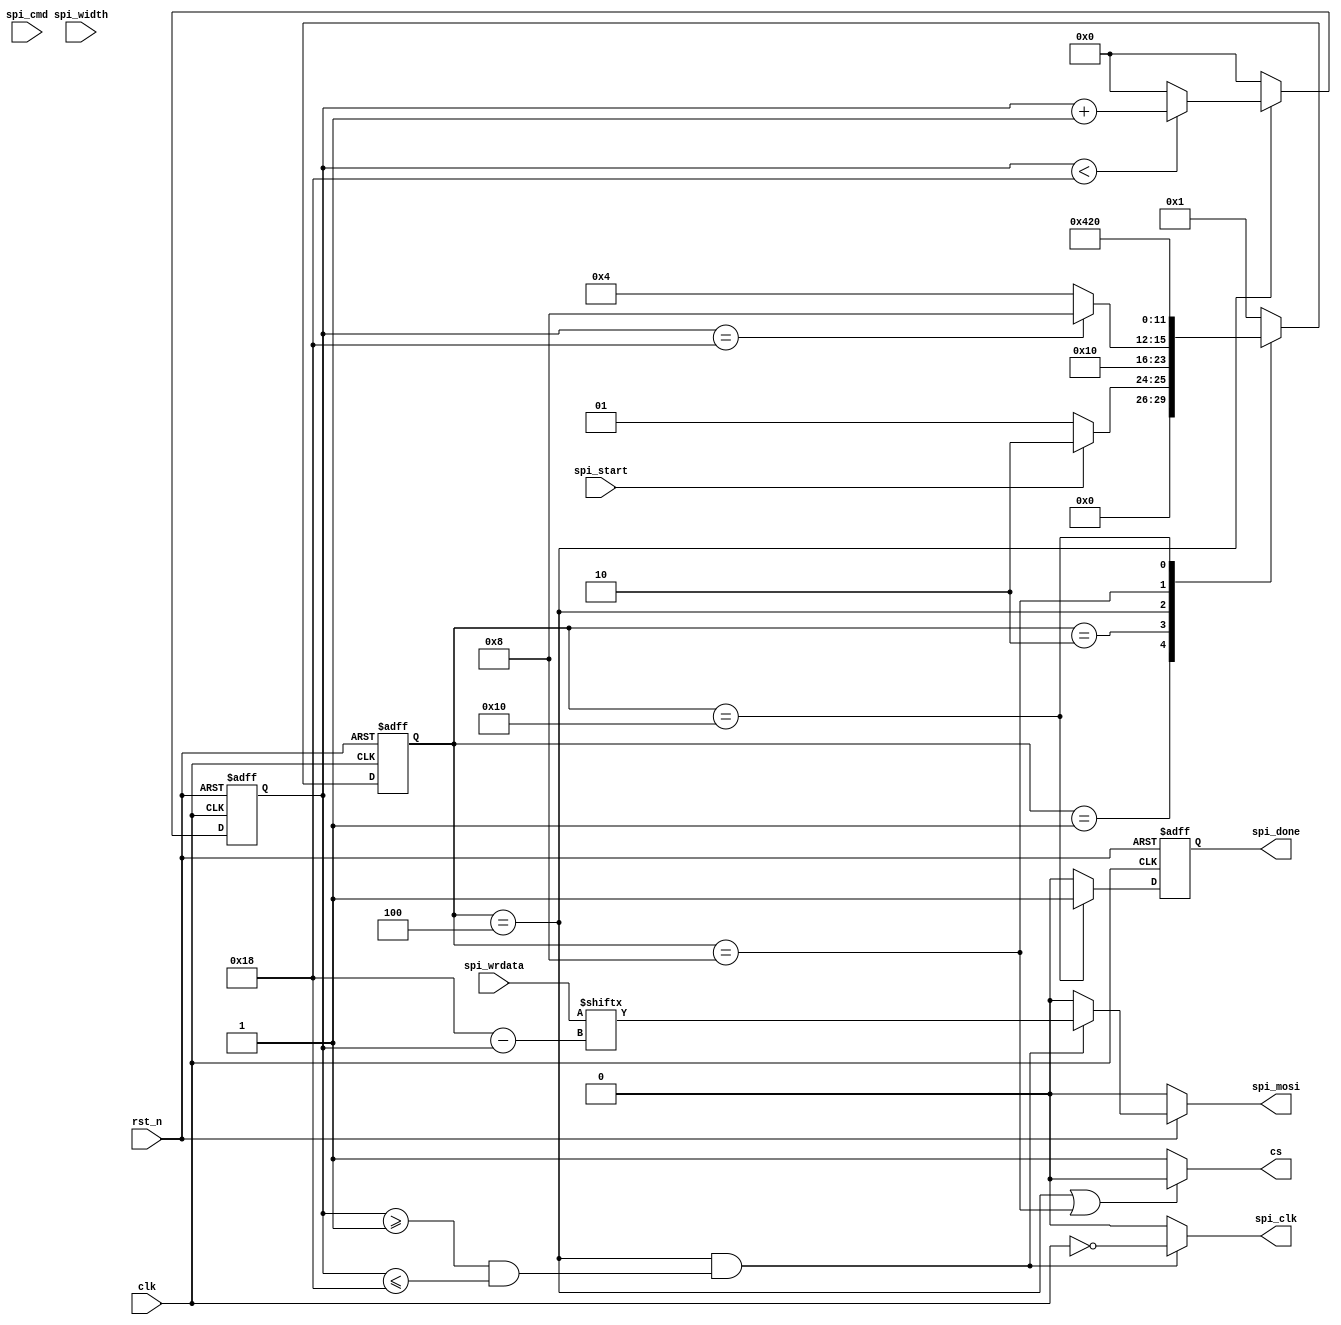
module SPI_X24 
#(
	parameter cnt_max = 8'd24
)
(
	input clk,
	input rst_n,
	input spi_start,
	input [1:0] spi_cmd,
	input [23:0] spi_wrdata,
	input [7:0] spi_width,
	output spi_clk,
	output cs,
	output reg spi_mosi,
	output reg spi_done
);

	wire clk_n;
	reg [5:0] state;
	reg [7:0] cnt;
	wire clk_en;

	//
	parameter IDLE = 6'b000_001;
	parameter S0 = 6'b000_010;
	parameter S1 = 6'b000_100;
	parameter S2 = 6'b001_000;
	parameter S3 = 6'b010_000;
	parameter S4 = 6'b100_000;

	assign clk_n = !clk;

	/*state transition logic*/
	always @(posedge clk or negedge rst_n) begin
		if(~rst_n) begin
			state <= IDLE;
		end else begin
			case(state)
				IDLE : state <= (spi_start) ? S0 : IDLE;
				S0 : state <= S1;
				S1 : state <= (cnt == cnt_max) ? S2 : S1;
				S2 : state <= S3;
				S3 : state <= S4;
				S4 : state <= IDLE;
				default : state <= IDLE;
			endcase
		end
	end

	/*temp cnt*/
	always @(posedge clk or negedge rst_n) begin
		if(~rst_n) begin
			cnt <= 8'd0;
		end else begin
			case(state)
				S1 : cnt <= (cnt < cnt_max) ? cnt + 8'd1 : 8'd0;
				default : cnt <= 8'd0;
			endcase
		end
	end

	assign clk_en = (state == S1) ? 1'd1 : 1'd0;

	assign cs = (state == S1 || state == S2) ? 1'd0 : 1'd1;

	assign spi_clk = (state == S1 && (cnt >= 8'd1 && cnt <= 8'd24)) ? clk_n : 1'd0;

	always @(*) begin
		if(!rst_n) begin
			spi_mosi = 1'd0;
		end else begin
			spi_mosi = (state == S1 && (cnt >= 8'd1 && cnt <= 8'd24)) ? spi_wrdata[cnt_max - cnt] : 1'd0;
		end
	end


	always @(posedge clk or negedge rst_n) begin
		if(!rst_n) begin
			spi_done = 1'd1;
		end else begin
			spi_done = (state == S3) ? 1'd1 : 1'd0; 
		end
	end

endmodule